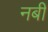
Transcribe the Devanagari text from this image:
नबीं